Report on the nature of kala-azar
Disease focus: Kala-Azar
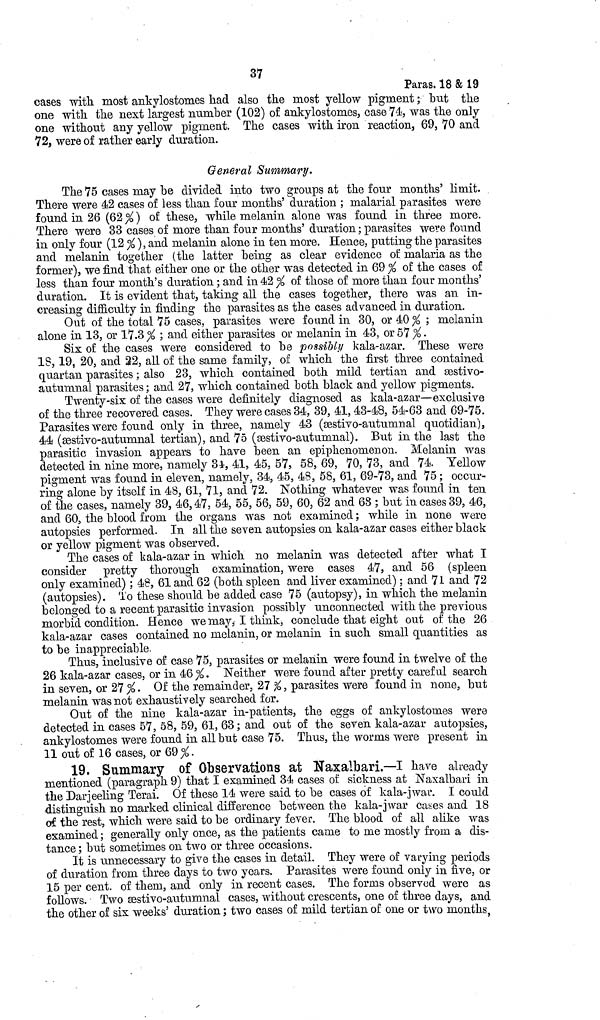
37
Paras. 18 & 19
cases with most ankylostomes had also the most yellow pigment ; but the
one with the next largest number (102) of ankylostomes, case 74, was the only
one without any yellow pigment. The cases with iron reaction, 69, 70 and
72, were of rather early duration.
General Summary.
The 75 cases may be divided into two groups at the four months' limit.
There were 42 cases of less than four months' duration ; malarial parasites were
found in 26 (62 % ) of these, while melanin alone was found in three more.
There were 33 cases of more than four months' duration ; parasites were found
in only four (12 % ), and melanin alone in ten more. Hence, putting the parasites
and melanin together (the latter being as clear evidence of malaria as the
former), we find that either one or the other was detected in 69 % of the cases of
less than four month's duration ; and in 42 % of those of more than four months'
duration. It is evident that, taking all the cases together, there was an in-
creasing difficulty in finding the parasites as the cases advanced in duration.
Out of the total 75 cases, parasites were found in 30, or 40 % ; melanin
alone in 13, or 17.3 % ; and either parasites or melanin in 43, or 57 %.
Six of the cases were considered to be possibly kala-azar. These were
18, 19, 20, and 22, all of the same family, of which the first three contained
quartan parasites ; also 23, which contained both mild tertian and sestivo-
autuninal parasites ; and 27, which contained both black and yellow pigments.
Twenty-six of the cases were definitely diagnosed as kala-azar—exclusive
of the three recovered cases. They were cases 34, 39, 41, 43-48, 54-63 and 69-75.
Parasites were found only in three, namely 43 (sestivo-autumnal quotidian),
44 (sestivo-autumnal tertian), and 75 (sestivo-autunmal). But in the last the
parasitic invasion appears to have been an epiphenomenon. Melanin was
detected in nine more, namely 34, 41, 45, 57, 58, 69, 70, 73, and 74. Yellow
pigment was found in eleven, namely, 34, 45, 48, 58, 61, 69-73, and 75 ; occur-
ring alone by itself in 48, 61, 71, and 72. Nothing whatever was found in ten
of the cases, namely 39, 46, 47, 54, 55, 56, 59, 60, 62 and 68 ; but in cases 39, 46,
and 60, the blood from the organs was not examined ; while in none were
autopsies performed. In all the seven autopsies on kala-azar cases either black
or yellow pigment was observed.
The cases of kala-azar in which no melanin was detected after what I
consider pretty thorough examination, were cases 47, and 56 (spleen
only examined) ; 48, 61 and 62 (both spleen and liver examined) ; and 71 and 72
(autopsies). To these should be added case 75 (autopsy), in which the melanin
belonged to a recent parasitic invasion possibly unconnected with the previous
morbid condition. Hence we may, I think, conclude that eight out of the 26
kala-azar cases contained no melanin, or melanin in such small quantities as
to be inappreciable,
Thus, inclusive of case 75, parasites or melanin were found in twelve of the
26 kala-azar cases, or in 46%. Neither were found after pretty careful search
in seven, or 27%. Of the remainder, 27%, parasites were found in none, but
melanin was not exhaustively searched for.
Out of the nine kala-azar in-patients, the eggs of ankylostomes were
detected in cases 57, 58, 59, 61, 63; and out of the seven kala-azar autopsies,
ankylostomes were found in all but case 75. Thus, the worms were present in
11 out of 16 cases, or 69 %.
19. Summary of Observations at Naxalbari.—I have already
mentioned (paragraph 9) that I examined 34 cases of sickness at Naxalbari in
the Darjeeling Terai. Of these 14 were said to be cases of kala-jwai\ I could
distinguish no marked clinical difference between the kala-jwar cases and 18
of the rest, which were said to be ordinary fever. The blood of all alike was
examined ; generally only once, as the patients carne to me mostly from a dis-
tance ; but sometimes on two or three occasions.
It is unnecessary to give the cases in detail. They were of varying periods
of duration from three days to two years. Parasites were found only in five, or
15 per cent. of them, and only in recent cases. The forms observed were as
follows. Two sestivo-autunmal cases, without crescents, one of three days, and
the other of six weeks' duration ; two cases of mild tertian of one or two months,